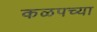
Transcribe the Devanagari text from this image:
कळपच्या